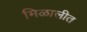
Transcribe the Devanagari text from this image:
मिळालीत